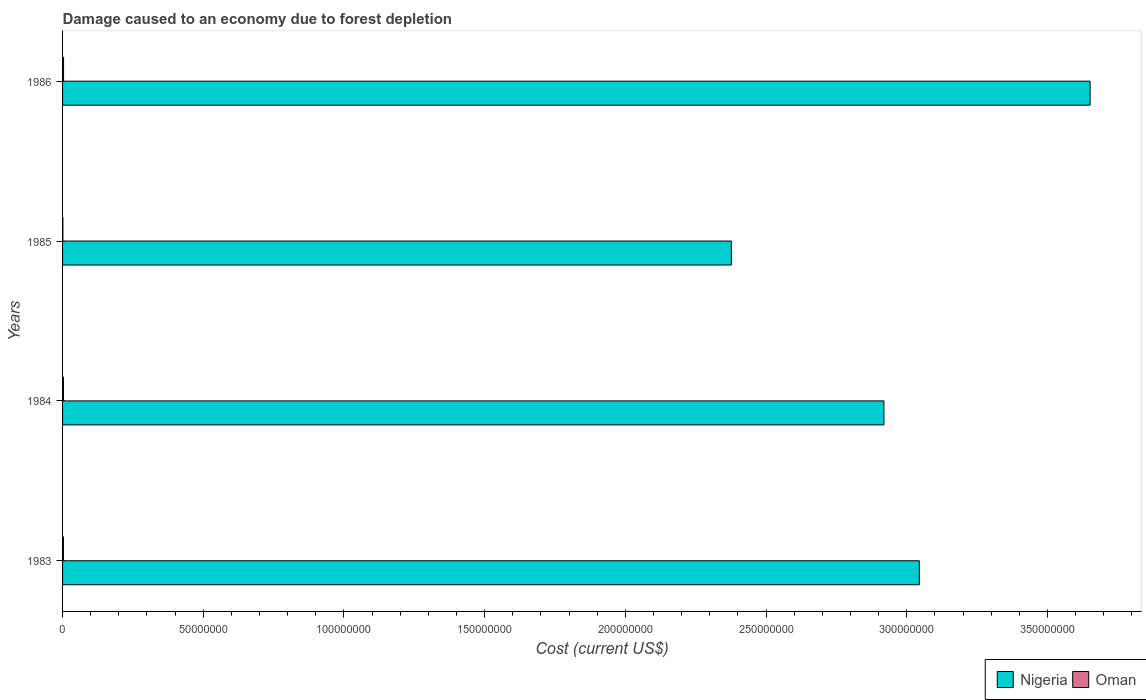
| Years | Nigeria | Oman |
 | --- | --- | --- |
 | 1983 | 3.04e+08 | 3.07e+05 |
 | 1984 | 2.92e+08 | 3.16e+05 |
 | 1985 | 2.38e+08 | 1.15e+05 |
 | 1986 | 3.65e+08 | 3.53e+05 |